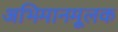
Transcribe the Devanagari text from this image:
अभिमानमूलक